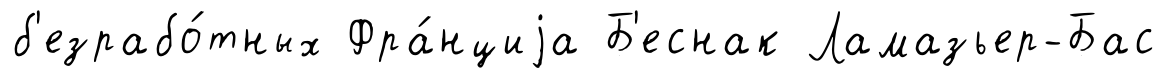
б'езрабо́тных Фра́нциjа Б'еснак Ламазьер-Бас